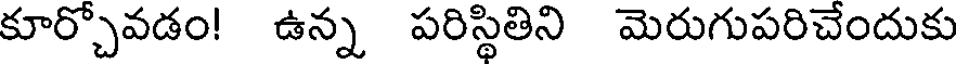
కూర్చోవడం! ఉన్న పరిస్థితిని మెరుగుపరిచేందుకు